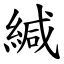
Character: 緘